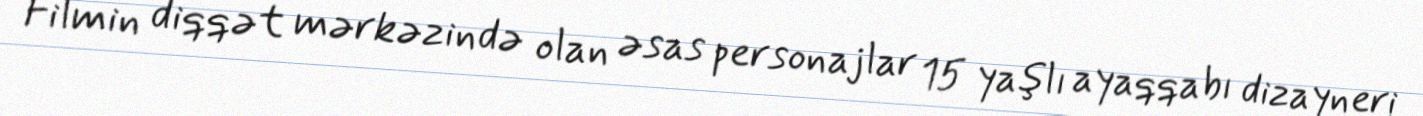
Filmin diqqət mərkəzində olan əsas personajlar 15 yaşlı ayaqqabı dizayneri